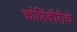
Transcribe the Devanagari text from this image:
कोशिंबीरीचे